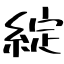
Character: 綻